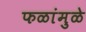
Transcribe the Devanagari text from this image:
फळांमुळे